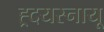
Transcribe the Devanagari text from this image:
ह्र्दयस्नायू